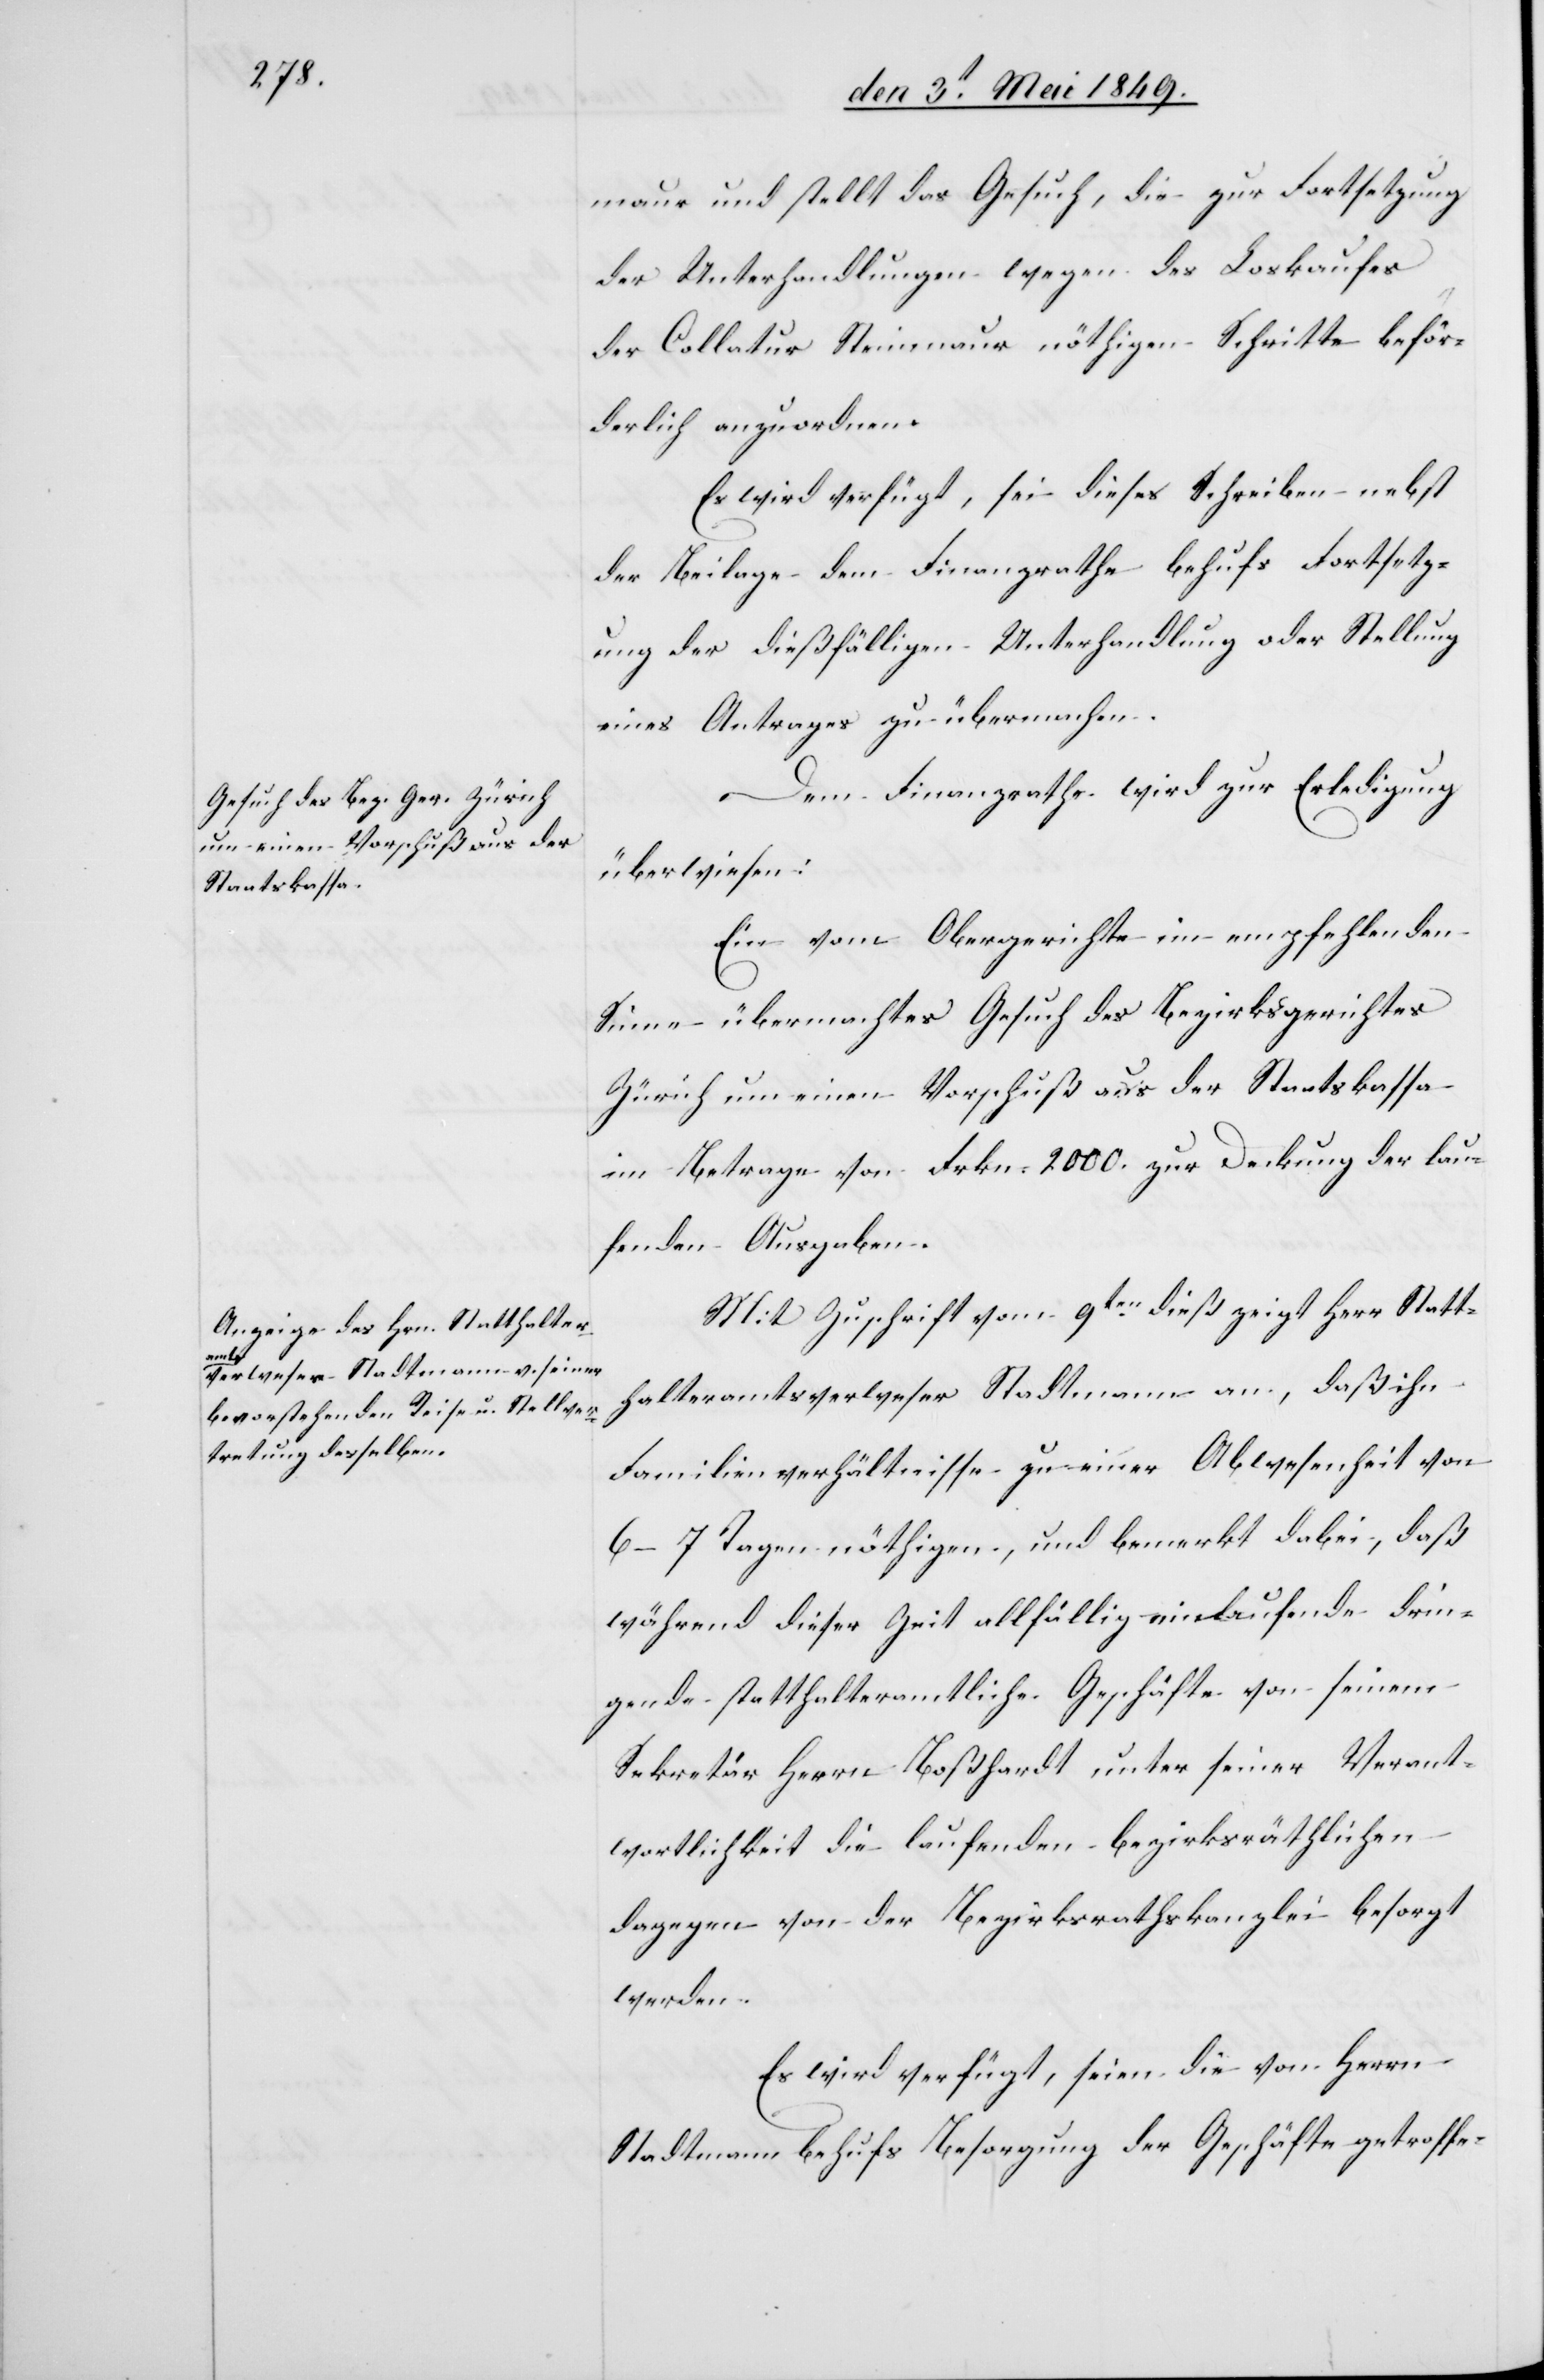
den 10 Mai 1849.]
maur und stellt das Gesuch, die zur Fortsetzung
der Unterhandlungen wegen des Loskaufes
der Collatur Steinmaur nöthigen Schritte beför¬
derlich anzuordnen.
Es wird verfügt, sei dieses Schreiben nebst
der Beilage dem Finanzrathe behufs Fortsetz¬
ung der dießfälligen Unterhandlung oder Stellung
eines Antrages zu übermachen.
Dem Finanzrathe wird zur Erledigung
überwiesen:
Ein vom Obergerichte im empfehlenden
Sinne übermachtes Gesuch des Bezirksgerichtes
Zürich um einen Vorschuß aus der Staatskassa
im Betrage von Frkn. 2000. zur Deckung der lau¬
fenden Ausgaben.
Mit Zuschrift vom 9ten dieß zeigt Herr Statt¬
halteramtsverweser Stadtmann an, daß ihn
Familienverhältnisse zu einer Abwesenheit von
6–7 Tagen nöthigen, und bemerkt dabei, daß
während dieser Zeit allfällig einlaufende drin¬
gende statthalteramtliche Geschäfte von seinem
Sekretär Herrn Boßhardt unter seiner Verant¬
wortlichkeit die laufenden bezirksräthlichen
dagegen von der Bezirkskanzlei besorgt
werden.
Es wird verfügt, seien die von Herrn
Stadtmann behufs Besorgung der Geschäfte getroffe-